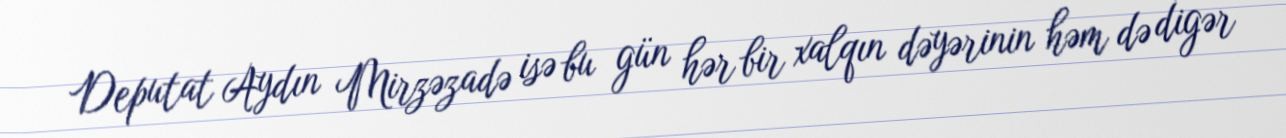
Deputat Aydın Mirzəzadə isə bu gün hər bir xalqın dəyərinin həm də digər